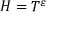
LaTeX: H = T ^ { \varepsilon }